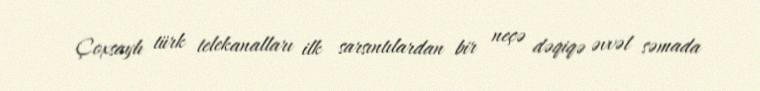
Çoxsaylı türk telekanalları ilk sarsıntılardan bir neçə dəqiqə əvvəl səmada